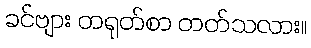
ခင်ဗျား တရုတ်စာ တတ်သလား။